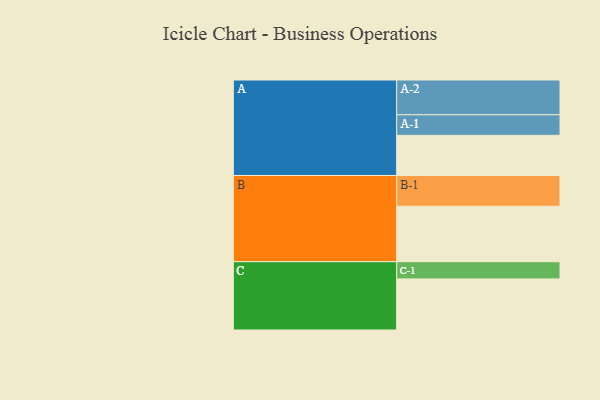
{"axis": {"x": "Segment", "y": "Value"}, "legend": ["", "A", "B", "C"], "data": [{"x": "A", "y": 334, "type": ""}, {"x": "B", "y": 461, "type": ""}, {"x": "C", "y": 425, "type": ""}, {"x": "A-1", "y": 171, "type": "A"}, {"x": "A-2", "y": 289, "type": "A"}, {"x": "B-1", "y": 256, "type": "B"}, {"x": "C-1", "y": 143, "type": "C"}]}